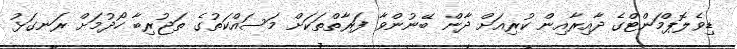
ޑިވެލޮޕްމަންޓްގެ ދާއިރާއިން ކުރިއަށް ދާން ބޭނުންވާ ފަރާތްތަކަށް މަސައްކަތުގެ ތަޖުރިބާ ހޯދުމަށް ރަނގަޅު